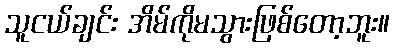
သူငယ်ချင်း အိမ်ကိုမသွားဖြစ်တော့ဘူး။